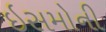
ઇસમોની